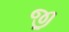
જી